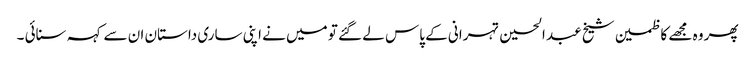
پھر وہ مجھے کاظمین شیخ عبد الحسین تہرانی کے پاس لے گئے تو میں نے اپنی ساری داستان ان سے کہہ سنائی ۔